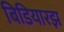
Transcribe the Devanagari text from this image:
बिडियारझ